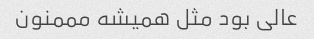
عالی بود مثل همیشه مممنون